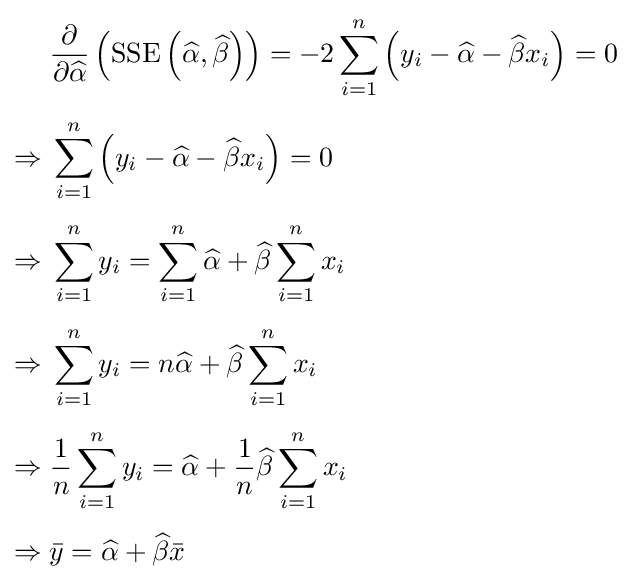
{\begin{aligned}&{\frac {\partial }{\partial {\widehat {\alpha }}}}\left(\operatorname {SSE} \left({\widehat {\alpha }},{\widehat {\beta }}\right)\right)=-2\sum _{i=1}^{n}\left(y_{i}-{\widehat {\alpha }}-{\widehat {\beta }}x_{i}\right)=0\\[4pt]\Rightarrow {}&\sum _{i=1}^{n}\left(y_{i}-{\widehat {\alpha }}-{\widehat {\beta }}x_{i}\right)=0\\[4pt]\Rightarrow {}&\sum _{i=1}^{n}y_{i}=\sum _{i=1}^{n}{\widehat {\alpha }}+{\widehat {\beta }}\sum _{i=1}^{n}x_{i}\\[4pt]\Rightarrow {}&\sum _{i=1}^{n}y_{i}=n{\widehat {\alpha }}+{\widehat {\beta }}\sum _{i=1}^{n}x_{i}\\[4pt]\Rightarrow {}&{\frac {1}{n}}\sum _{i=1}^{n}y_{i}={\widehat {\alpha }}+{\frac {1}{n}}{\widehat {\beta }}\sum _{i=1}^{n}x_{i}\\[4pt]\Rightarrow {}&{\bar {y}}={\widehat {\alpha }}+{\widehat {\beta }}{\bar {x}}\end{aligned}}